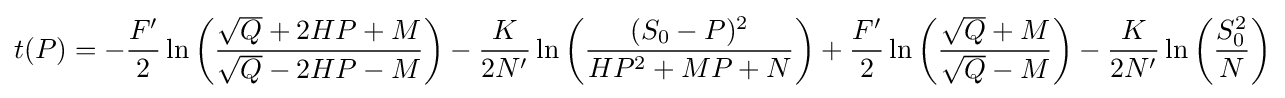
t(P)=-{\frac {F'}{2}}\ln \left({\frac {{\sqrt {Q}}+2HP+M}{{\sqrt {Q}}-2HP-M}}\right)-{\frac {K}{2N'}}\ln \left({\frac {(S_{0}-P)^{2}}{HP^{2}+MP+N}}\right)+{\frac {F'}{2}}\ln \left({\frac {{\sqrt {Q}}+M}{{\sqrt {Q}}-M}}\right)-{\frac {K}{2N'}}\ln \left({\frac {S_{0}^{2}}{N}}\right)